Causation and prevention of malarial fevers: a statement of the results of researches drawn up for the use of assistant surgeons, hospital assistants and students
Disease focus: Malaria
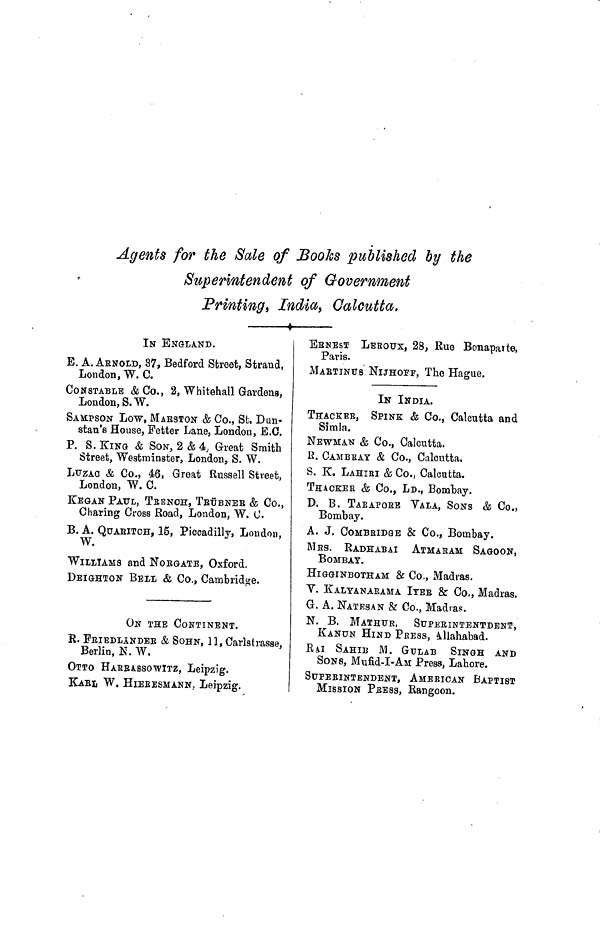
Agents for the Sale of Books published by the
Superintendent of Government
Printingt India, Calcutta.
IN ENGLAND.
E. A. ARNOLD, 37, Bedford Street, Strand,
London , W.C.
CONSTABLE & Co., 2, Whitehall Gardens,
London, S.W.
SAMPSON Low, MABSTON & Co., St. Dan-
stan's House, Fetter Lane, London, E.G.
P. S. KING & SON, 2 & 4, Great Smith
Street, Westminster, London, S. W.
LUZAO & Co., 46, Great Russell Street,
London, W. C.
KEGAN PAUL, TBENCH, TEüBNEE & Co.,
Charing Cross Road, London, W. C.
B. A. QUAEITCH, 15, Piccadilly, London,
W.
WILLIAMS and NOBGATE, Oxford.
DEIGHTON BELL & Co., Cambridge.
ON THE CONTINENT.
R. FBIEDLANDEB & SOHN, 11, Carlstrasse,
Berlin, N. W.
OTTO HARBASSO WITZ, Leipzig.
KABL W. HIEBESMANN, Leipzig.
BSNEST LEBOUX, 28, Rue Bonaparte,
Paris.
MABTINUS NIJHOFF, The Hague.
IN INDIA.
THACKEr, SPINE & Co., Calcutta and
Simla.
NEWMAN & Co., Calcutta.
R. CAMBBAY & Co., Calcutta.
S. K. LAHIRI & Co., Calcutta.
THACKEE & Co., LD., Bombay.
D. B. TABAPOre VALA, SONS & Co.,
Bombay.
A. J. COMBBIDge & Co., Bombay.
MrS. RADHABAI ATMABAM SAgOON,
BOMBAY.
HIGGINBOTHAM & Co., Madras.
V. KALTANAEAMA IYEE & Co., Madras.
G. A. NATES AN & Co., Madias.
N. B. MATHUR, SuPErINTENTDeNT,
KANUN HIND PRESS, Allahabad.
rAI SAHIB M. GuLAB SINGH AND
SONS, Mufid-I-AM Press, Lahore.
StTPEBINTENDENT, AMEBICAN BAPTIST
MISSION PEESS, Rangoon.